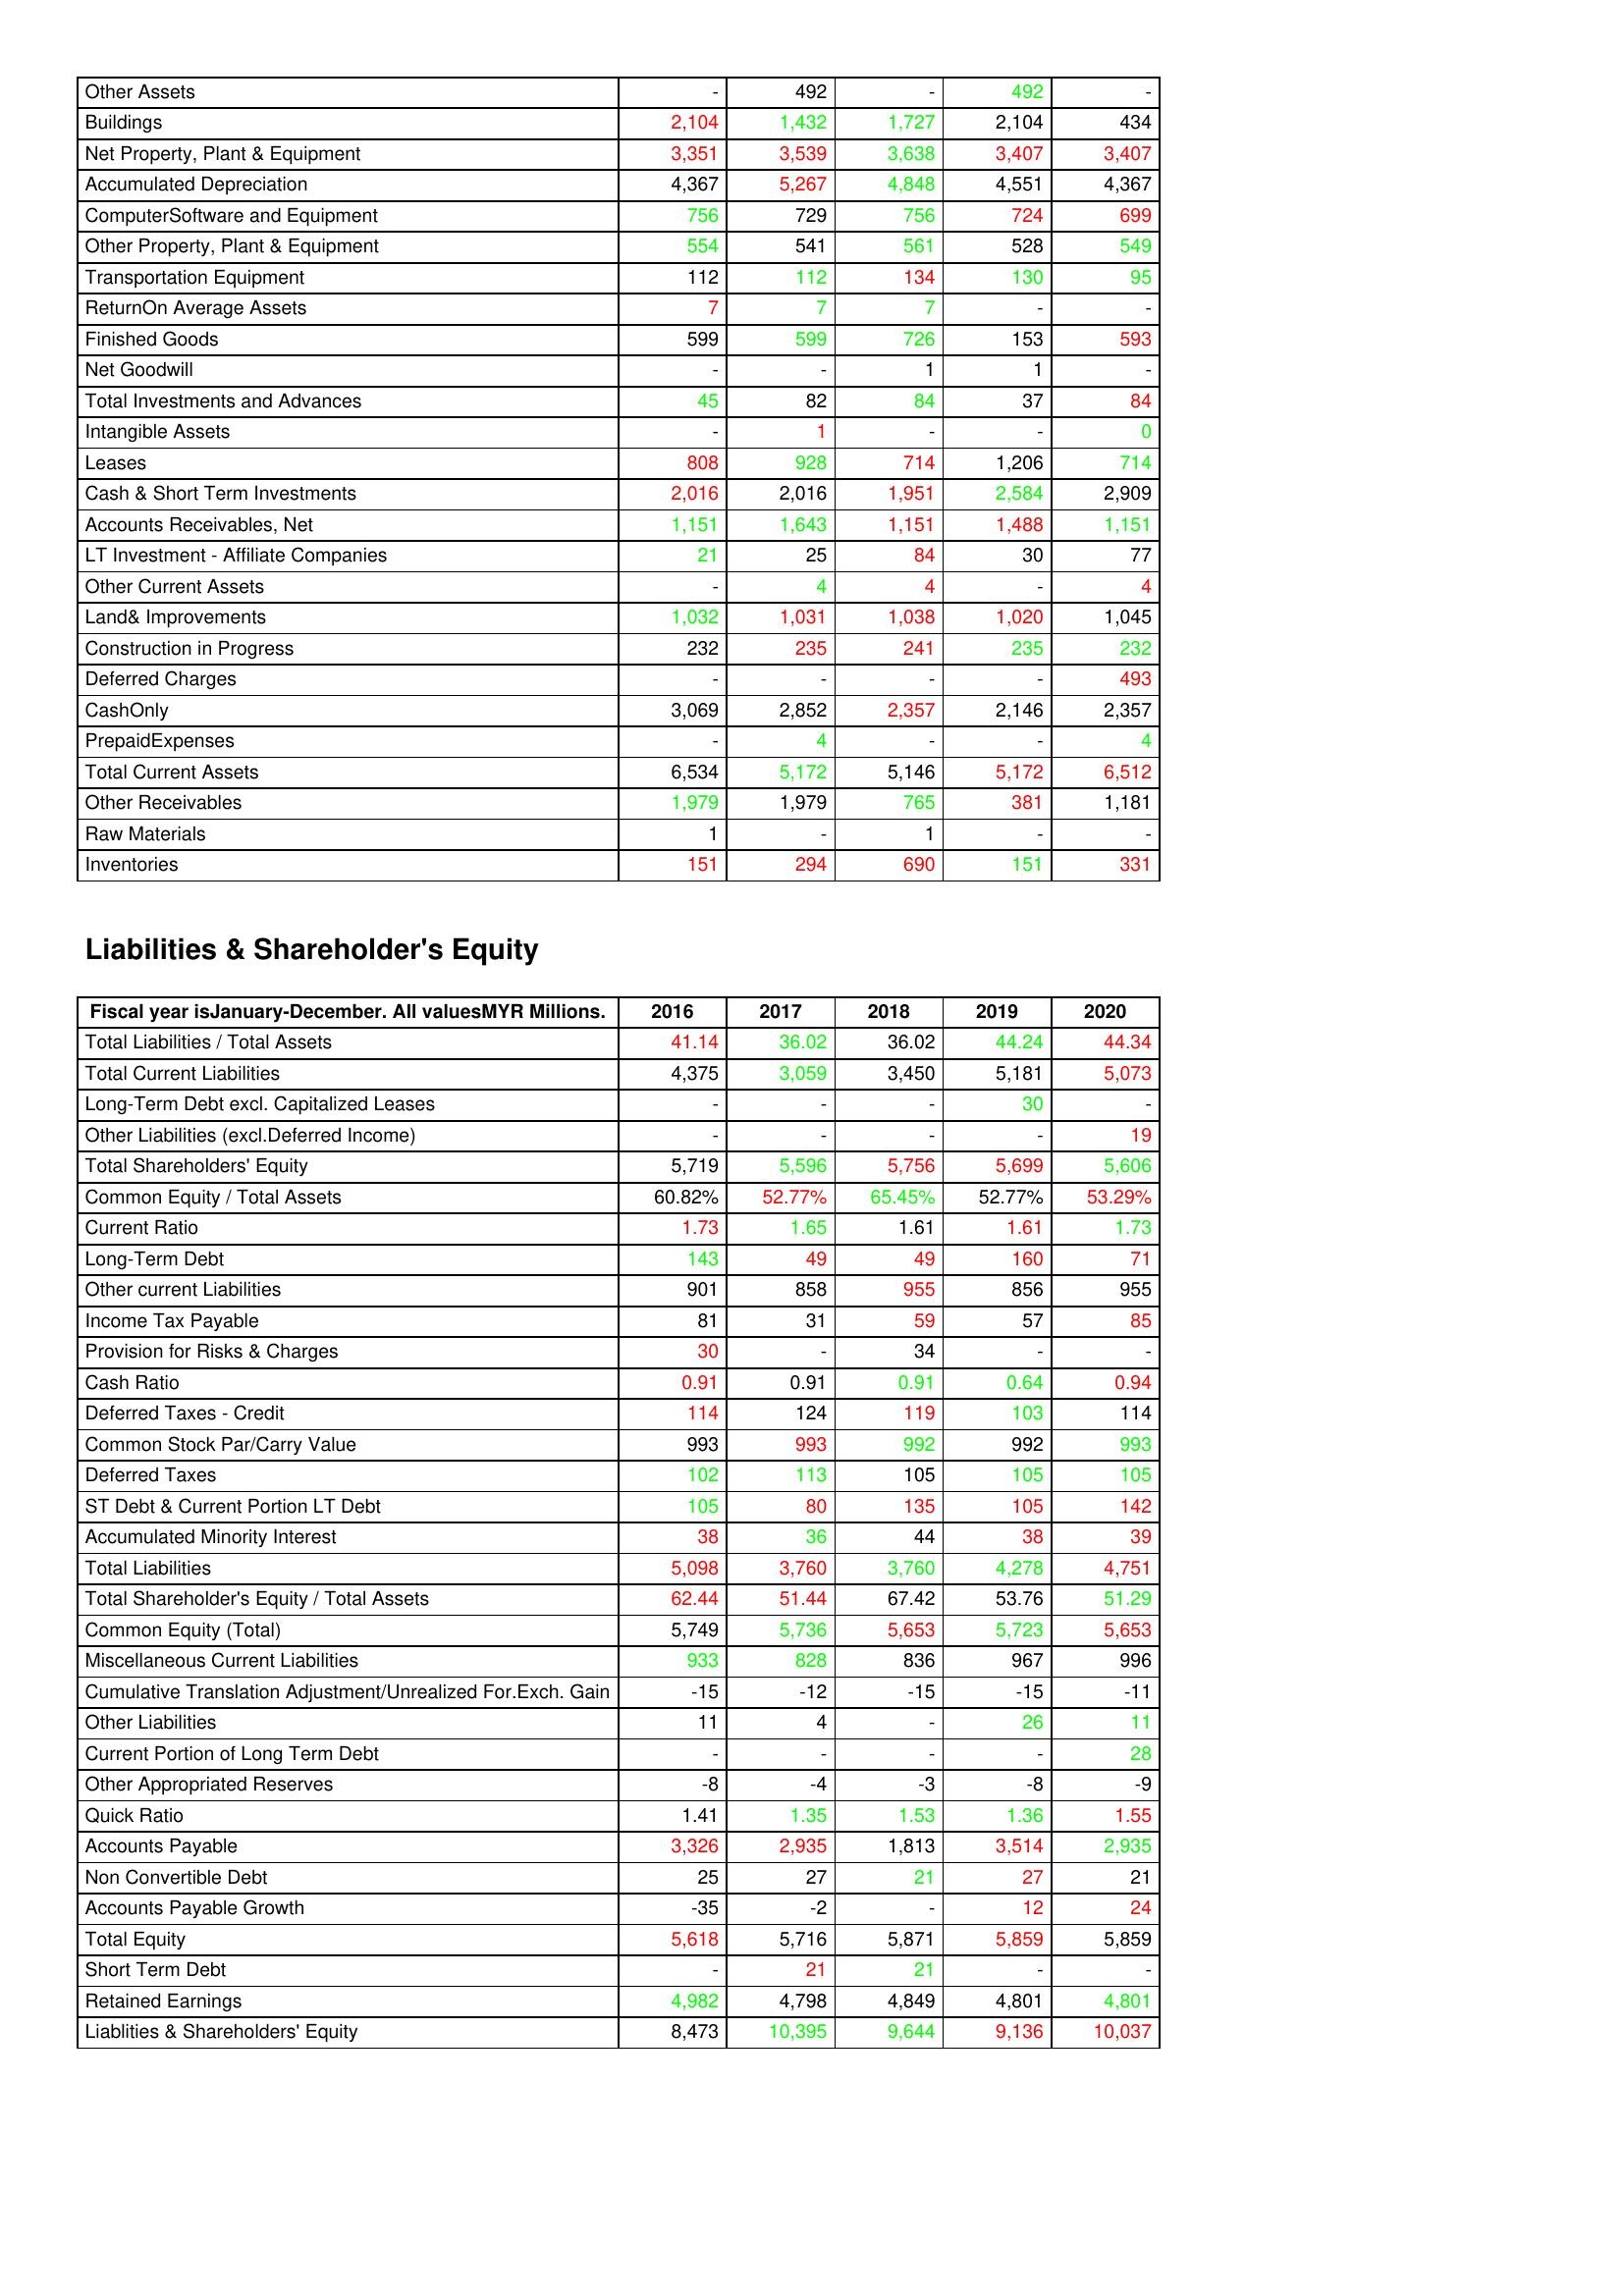
gt_parse: 2016: Assets: Other Assets: -
Buildings: 2,104
Net Property, Plant & Equipment: 3,351
Accumulated Depreciation: 4,367
ComputerSoftware and Equipment: 756
Other Property, Plant & Equipment: 554
Transportation Equipment: 112
ReturnOn Average Assets: 7
Finished Goods: 599
Net Goodwill: -
Total Investments and Advances: 45
Intangible Assets: -
Leases: 808
Cash & Short Term Investments: 2,016
Accounts Receivables, Net: 1,151
LT Investment - Affiliate Companies: 21
Other Current Assets: -
Land& Improvements: 1,032
Construction in Progress: 232
Deferred Charges: -
CashOnly: 3,069
PrepaidExpenses: -
Total Current Assets: 6,534
Other Receivables: 1,979
Raw Materials: 1
Inventories: 151
Liabilities & Shareholder's Equity: Total Liabilities / Total Assets: 41.14
Total Current Liabilities: 4,375
Long-Term Debt excl. Capitalized Leases: -
Other Liabilities (excl.Deferred Income): -
Total Shareholders' Equity: 5,719
Common Equity / Total Assets: 60.82%
Current Ratio: 1.73
Long-Term Debt: 143
Other current Liabilities: 901
Income Tax Payable: 81
Provision for Risks & Charges: 30
Cash Ratio: 0.91
Deferred Taxes - Credit: 114
Common Stock Par/Carry Value: 993
Deferred Taxes: 102
ST Debt & Current Portion LT Debt: 105
Accumulated Minority Interest: 38
Total Liabilities: 5,098
Total Shareholder's Equity / Total Assets: 62.44
Common Equity (Total): 5,749
Miscellaneous Current Liabilities: 933
Cumulative Translation Adjustment/Unrealized For.Exch. Gain: -15
Other Liabilities: 11
Current Portion of Long Term Debt: -
Other Appropriated Reserves: -8
Quick Ratio: 1.41
Accounts Payable: 3,326
Non Convertible Debt: 25
Accounts Payable Growth: -35
Total Equity: 5,618
Short Term Debt: -
Retained Earnings: 4,982
Liablities & Shareholders' Equity: 8,473
2017: Assets: Other Assets: 492
Buildings: 1,432
Net Property, Plant & Equipment: 3,539
Accumulated Depreciation: 5,267
ComputerSoftware and Equipment: 729
Other Property, Plant & Equipment: 541
Transportation Equipment: 112
ReturnOn Average Assets: 7
Finished Goods: 599
Net Goodwill: -
Total Investments and Advances: 82
Intangible Assets: 1
Leases: 928
Cash & Short Term Investments: 2,016
Accounts Receivables, Net: 1,643
LT Investment - Affiliate Companies: 25
Other Current Assets: 4
Land& Improvements: 1,031
Construction in Progress: 235
Deferred Charges: -
CashOnly: 2,852
PrepaidExpenses: 4
Total Current Assets: 5,172
Other Receivables: 1,979
Raw Materials: -
Inventories: 294
Liabilities & Shareholder's Equity: Total Liabilities / Total Assets: 36.02
Total Current Liabilities: 3,059
Long-Term Debt excl. Capitalized Leases: -
Other Liabilities (excl.Deferred Income): -
Total Shareholders' Equity: 5,596
Common Equity / Total Assets: 52.77%
Current Ratio: 1.65
Long-Term Debt: 49
Other current Liabilities: 858
Income Tax Payable: 31
Provision for Risks & Charges: -
Cash Ratio: 0.91
Deferred Taxes - Credit: 124
Common Stock Par/Carry Value: 993
Deferred Taxes: 113
ST Debt & Current Portion LT Debt: 80
Accumulated Minority Interest: 36
Total Liabilities: 3,760
Total Shareholder's Equity / Total Assets: 51.44
Common Equity (Total): 5,736
Miscellaneous Current Liabilities: 828
Cumulative Translation Adjustment/Unrealized For.Exch. Gain: -12
Other Liabilities: 4
Current Portion of Long Term Debt: -
Other Appropriated Reserves: -4
Quick Ratio: 1.35
Accounts Payable: 2,935
Non Convertible Debt: 27
Accounts Payable Growth: -2
Total Equity: 5,716
Short Term Debt: 21
Retained Earnings: 4,798
Liablities & Shareholders' Equity: 10,395
2018: Assets: Other Assets: -
Buildings: 1,727
Net Property, Plant & Equipment: 3,638
Accumulated Depreciation: 4,848
ComputerSoftware and Equipment: 756
Other Property, Plant & Equipment: 561
Transportation Equipment: 134
ReturnOn Average Assets: 7
Finished Goods: 726
Net Goodwill: 1
Total Investments and Advances: 84
Intangible Assets: -
Leases: 714
Cash & Short Term Investments: 1,951
Accounts Receivables, Net: 1,151
LT Investment - Affiliate Companies: 84
Other Current Assets: 4
Land& Improvements: 1,038
Construction in Progress: 241
Deferred Charges: -
CashOnly: 2,357
PrepaidExpenses: -
Total Current Assets: 5,146
Other Receivables: 765
Raw Materials: 1
Inventories: 690
Liabilities & Shareholder's Equity: Total Liabilities / Total Assets: 36.02
Total Current Liabilities: 3,450
Long-Term Debt excl. Capitalized Leases: -
Other Liabilities (excl.Deferred Income): -
Total Shareholders' Equity: 5,756
Common Equity / Total Assets: 65.45%
Current Ratio: 1.61
Long-Term Debt: 49
Other current Liabilities: 955
Income Tax Payable: 59
Provision for Risks & Charges: 34
Cash Ratio: 0.91
Deferred Taxes - Credit: 119
Common Stock Par/Carry Value: 992
Deferred Taxes: 105
ST Debt & Current Portion LT Debt: 135
Accumulated Minority Interest: 44
Total Liabilities: 3,760
Total Shareholder's Equity / Total Assets: 67.42
Common Equity (Total): 5,653
Miscellaneous Current Liabilities: 836
Cumulative Translation Adjustment/Unrealized For.Exch. Gain: -15
Other Liabilities: -
Current Portion of Long Term Debt: -
Other Appropriated Reserves: -3
Quick Ratio: 1.53
Accounts Payable: 1,813
Non Convertible Debt: 21
Accounts Payable Growth: -
Total Equity: 5,871
Short Term Debt: 21
Retained Earnings: 4,849
Liablities & Shareholders' Equity: 9,644
2019: Assets: Other Assets: 492
Buildings: 2,104
Net Property, Plant & Equipment: 3,407
Accumulated Depreciation: 4,551
ComputerSoftware and Equipment: 724
Other Property, Plant & Equipment: 528
Transportation Equipment: 130
ReturnOn Average Assets: -
Finished Goods: 153
Net Goodwill: 1
Total Investments and Advances: 37
Intangible Assets: -
Leases: 1,206
Cash & Short Term Investments: 2,584
Accounts Receivables, Net: 1,488
LT Investment - Affiliate Companies: 30
Other Current Assets: -
Land& Improvements: 1,020
Construction in Progress: 235
Deferred Charges: -
CashOnly: 2,146
PrepaidExpenses: -
Total Current Assets: 5,172
Other Receivables: 381
Raw Materials: -
Inventories: 151
Liabilities & Shareholder's Equity: Total Liabilities / Total Assets: 44.24
Total Current Liabilities: 5,181
Long-Term Debt excl. Capitalized Leases: 30
Other Liabilities (excl.Deferred Income): -
Total Shareholders' Equity: 5,699
Common Equity / Total Assets: 52.77%
Current Ratio: 1.61
Long-Term Debt: 160
Other current Liabilities: 856
Income Tax Payable: 57
Provision for Risks & Charges: -
Cash Ratio: 0.64
Deferred Taxes - Credit: 103
Common Stock Par/Carry Value: 992
Deferred Taxes: 105
ST Debt & Current Portion LT Debt: 105
Accumulated Minority Interest: 38
Total Liabilities: 4,278
Total Shareholder's Equity / Total Assets: 53.76
Common Equity (Total): 5,723
Miscellaneous Current Liabilities: 967
Cumulative Translation Adjustment/Unrealized For.Exch. Gain: -15
Other Liabilities: 26
Current Portion of Long Term Debt: -
Other Appropriated Reserves: -8
Quick Ratio: 1.36
Accounts Payable: 3,514
Non Convertible Debt: 27
Accounts Payable Growth: 12
Total Equity: 5,859
Short Term Debt: -
Retained Earnings: 4,801
Liablities & Shareholders' Equity: 9,136
2020: Assets: Other Assets: -
Buildings: 434
Net Property, Plant & Equipment: 3,407
Accumulated Depreciation: 4,367
ComputerSoftware and Equipment: 699
Other Property, Plant & Equipment: 549
Transportation Equipment: 95
ReturnOn Average Assets: -
Finished Goods: 593
Net Goodwill: -
Total Investments and Advances: 84
Intangible Assets: 0
Leases: 714
Cash & Short Term Investments: 2,909
Accounts Receivables, Net: 1,151
LT Investment - Affiliate Companies: 77
Other Current Assets: 4
Land& Improvements: 1,045
Construction in Progress: 232
Deferred Charges: 493
CashOnly: 2,357
PrepaidExpenses: 4
Total Current Assets: 6,512
Other Receivables: 1,181
Raw Materials: -
Inventories: 331
Liabilities & Shareholder's Equity: Total Liabilities / Total Assets: 44.34
Total Current Liabilities: 5,073
Long-Term Debt excl. Capitalized Leases: -
Other Liabilities (excl.Deferred Income): 19
Total Shareholders' Equity: 5,606
Common Equity / Total Assets: 53.29%
Current Ratio: 1.73
Long-Term Debt: 71
Other current Liabilities: 955
Income Tax Payable: 85
Provision for Risks & Charges: -
Cash Ratio: 0.94
Deferred Taxes - Credit: 114
Common Stock Par/Carry Value: 993
Deferred Taxes: 105
ST Debt & Current Portion LT Debt: 142
Accumulated Minority Interest: 39
Total Liabilities: 4,751
Total Shareholder's Equity / Total Assets: 51.29
Common Equity (Total): 5,653
Miscellaneous Current Liabilities: 996
Cumulative Translation Adjustment/Unrealized For.Exch. Gain: -11
Other Liabilities: 11
Current Portion of Long Term Debt: 28
Other Appropriated Reserves: -9
Quick Ratio: 1.55
Accounts Payable: 2,935
Non Convertible Debt: 21
Accounts Payable Growth: 24
Total Equity: 5,859
Short Term Debt: -
Retained Earnings: 4,801
Liablities & Shareholders' Equity: 10,037